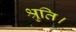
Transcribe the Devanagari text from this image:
श्रुति।